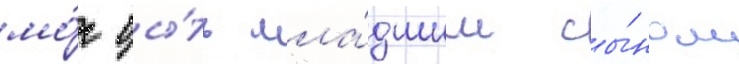
мо́г бы́ть мла́дшим сы́ном